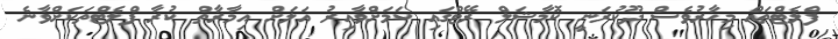
ފްލެޓްތައް މިހާރުވެސް ދޫކުރަނީ ކޮމާޝަލް ރޭޓްގައި ކަމަށްވާއިރު އަލަށް އިމާރާތް ކުރާ ފްލެޓްތަކަށްވާނެ